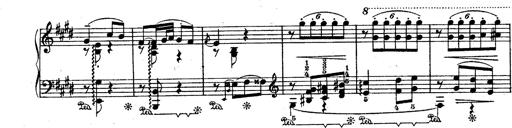
Title: Le rossignol
Composer: Franz Liszt